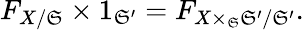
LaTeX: F_{X/\mathfrak{S}}\times1_{\mathfrak{S}^{\prime}}=F_{X\times_{\mathfrak{S}}\mathfrak{S}^{\prime}/\mathfrak{S}^{\prime}}.